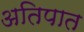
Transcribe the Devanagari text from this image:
अतिपात